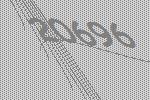
20696